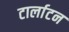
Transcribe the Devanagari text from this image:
टार्लाटन